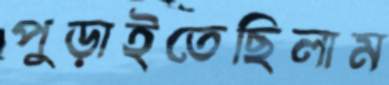
পুড়াইতেছিলাম